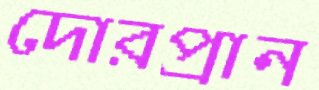
দোরপ্রান